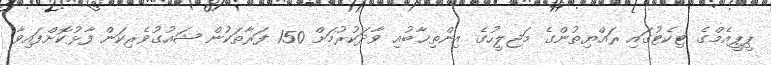
ޕީޕީއެމްގެ ޓިކެޓުގައި ރައްޔިތުންގެ މަޖިލީހުގެ އިންތިޚާބުއި ވާދަކުރުމަށް 150 ފަރާތަކުން ޝައުގުވެރިކަން ފާޅުކޮށްފައިވާ